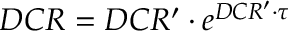
D C R = D C R ^ { \prime } \cdot e ^ { D C R ^ { \prime } \cdot \tau }